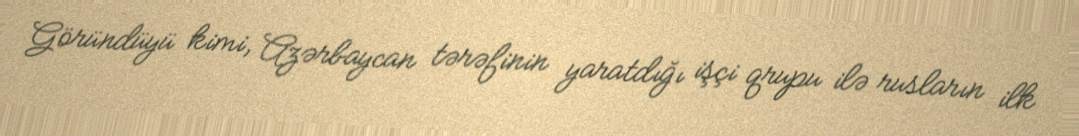
Göründüyü kimi, Azərbaycan tərəfinin yaratdığı işçi qrupu ilə rusların ilk